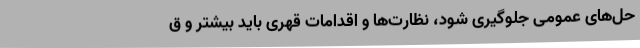
حل‌های عمومی جلوگیری شود،‌ نظارت‌ها و اقدامات قهری باید بیشتر و ق